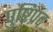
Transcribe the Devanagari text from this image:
पुष्टिप्रद